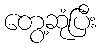
တွေ့ဆုံပြီး